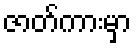
ဇာတ်ကားမှာ